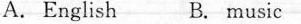
A.English B. music